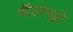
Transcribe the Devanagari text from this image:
नींङगळुटे